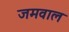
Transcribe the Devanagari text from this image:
जमवाल